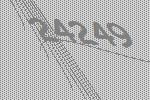
24249